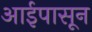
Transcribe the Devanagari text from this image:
आईपासून